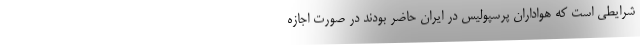
شرایطی است که هواداران پرسپولیس در ایران حاضر بودند در صورت اجازه